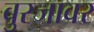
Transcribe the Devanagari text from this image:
बुरजावर